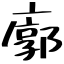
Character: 廓